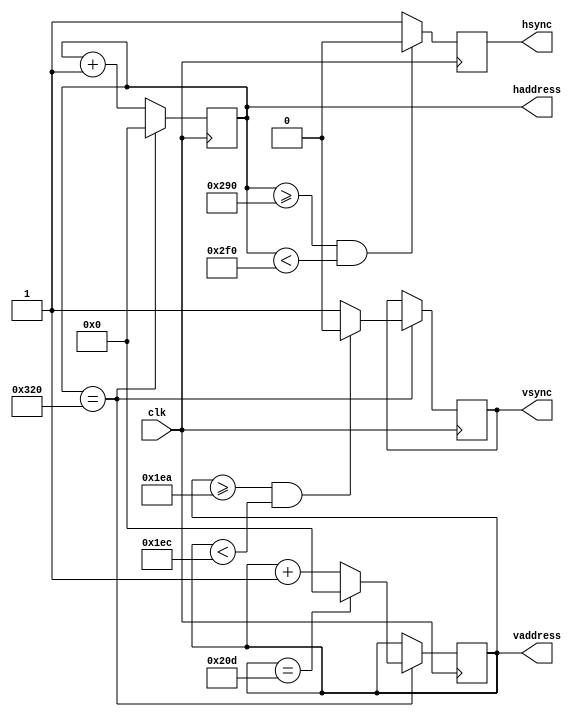
`timescale 1ns / 1ps

//This script is responsible for generating the vertical and horizontal addresses and timing pulses

module vga(
    input clk,
    output reg [9:0] vaddress,haddress,
    output reg vsync,hsync
    );
    
    //Initialize values
    initial begin
        vsync <= 1'b1;
        hsync <= 1'b1;
        vaddress <= 9'b0;
        haddress <= 9'b0;
    end
    
    //Main block, generates vertical and horizontal addresses and timing pulses
    always@(posedge clk)begin
        hsync <= 1'b1;
        haddress <= haddress + 1;
        if(haddress >= 656 && haddress < 752)begin //Generate horizontal sync pulse
            hsync <= 1'b0;
        end
        if(haddress == 800)begin //Reset horizontal counter at end of horizontal scan and add to vertical address
            vsync <= 1'b1;
            haddress <= 9'b0;
            vaddress <= vaddress + 1;
            if(vaddress >= 490 && vaddress < 492)begin //Generate vertical sync pulse
                vsync <= 1'b0;
            end
            if(vaddress == 525)begin //Reset vertical counter at end of scan
                vaddress <= 9'b0;
            end
        end
    end //End of main block
endmodule